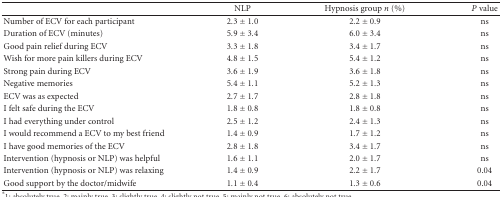
<table><thead><tr><td>[EMPTY_CELL]</td><td><b>NLP</b></td><td><b>Hypnosis group <i>n</i> (%)</b></td><td><b><i>P</i> value</b></td></tr></thead><tbody><tr><td>Number of ECV for each participant</td><td>2.3 ± 1.0</td><td>2.2 ± 0.9</td><td>ns</td></tr><tr><td>Duration of ECV (minutes)</td><td>5.9 ± 3.4</td><td>6.0 ± 3.4</td><td>ns</td></tr><tr><td>Good pain relief during ECV</td><td>3.3 ± 1.8</td><td>3.4 ± 1.7</td><td>ns</td></tr><tr><td>Wish for more pain killers during ECV</td><td>4.8 ± 1.5</td><td>5.4 ± 1.2</td><td>ns</td></tr><tr><td>Strong pain during ECV</td><td>3.6 ± 1.9</td><td>3.6 ± 1.8</td><td>ns</td></tr><tr><td>Negative memories</td><td>5.4 ± 1.1</td><td>5.2 ± 1.3</td><td>ns</td></tr><tr><td>ECV was as expected</td><td>2.7 ± 1.7</td><td>2.8 ± 1.8</td><td>ns</td></tr><tr><td>I felt safe during the ECV</td><td>1.8 ± 0.8</td><td>1.8 ± 0.8</td><td>ns</td></tr><tr><td>I had everything under control</td><td>2.5 ± 1.2</td><td>2.4 ± 1.3</td><td>ns</td></tr><tr><td>I would recommend a ECV to my best friend</td><td>1.4 ± 0.9</td><td>1.7 ± 1.2</td><td>ns</td></tr><tr><td>I have good memories of the ECV</td><td>2.8 ± 1.8</td><td>3.4 ± 1.7</td><td>ns</td></tr><tr><td>Intervention (hypnosis or NLP) was helpful</td><td>1.6 ± 1.1</td><td>2.0 ± 1.7</td><td>ns</td></tr><tr><td>Intervention (hypnosis or NLP) was relaxing</td><td>1.4 ± 0.9</td><td>2.2 ± 1.7</td><td>0.04</td></tr><tr><td>Good support by the doctor/midwife</td><td>1.1 ± 0.4</td><td>1.3 ± 0.6</td><td>0.04</td></tr></tbody></table>